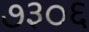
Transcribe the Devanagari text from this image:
७३०६